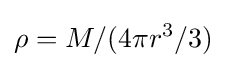
\rho =M/(4\pi r^{3}/3)